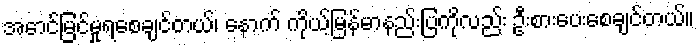
အောင်မြင်မှုရစေချင်တယ်၊ နောက် ကိုယ့်မြန်မာနည်းပြကိုလည်း ဦးစားပေးစေချင်တယ်။